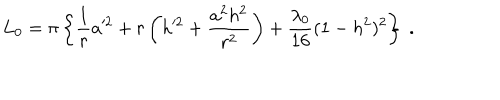
L _ { 0 } = \pi \left\{ { \frac { 1 } { r } } a ^ { 2 } + r \left( h ^ { 2 } + \frac { a ^ { 2 } h ^ { 2 } } { r ^ { 2 } } \right) + \frac { \lambda _ { 0 } } { 1 6 } ( 1 - h ^ { 2 } ) ^ { 2 } \right\} \ .